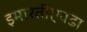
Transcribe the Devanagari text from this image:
इमारतीएवढा